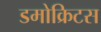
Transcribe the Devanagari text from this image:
डमोक्रिटस